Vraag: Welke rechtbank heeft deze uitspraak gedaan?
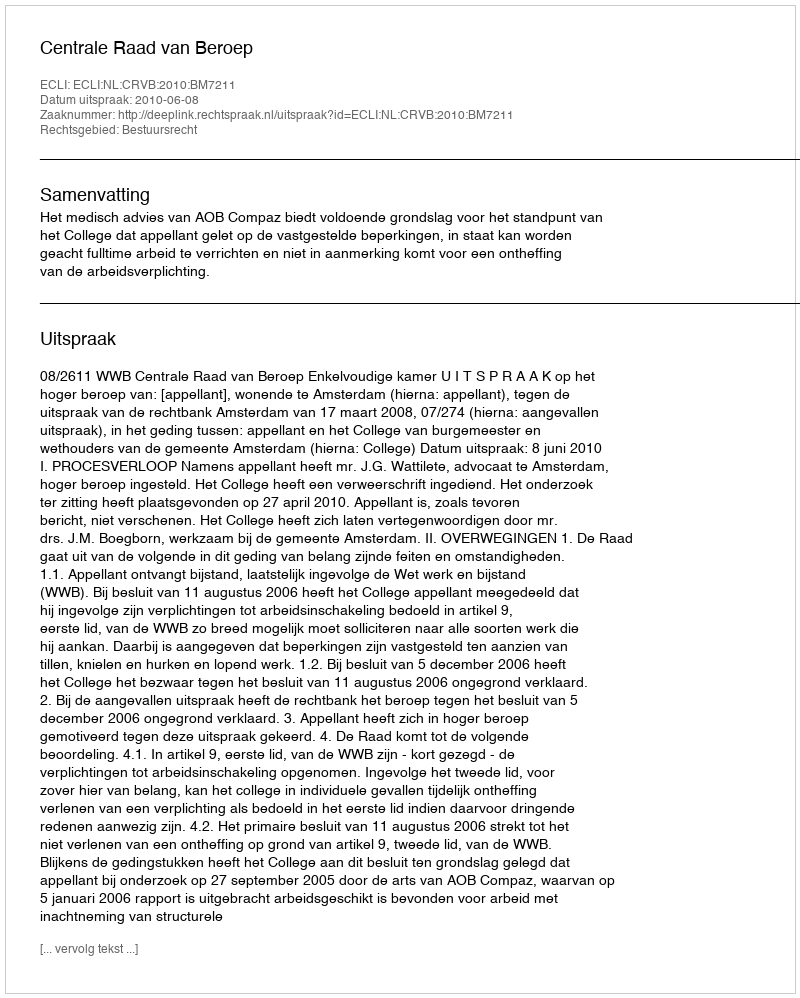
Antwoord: Centrale Raad van Beroep